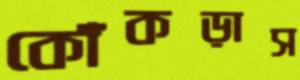
কোঁকড়াস